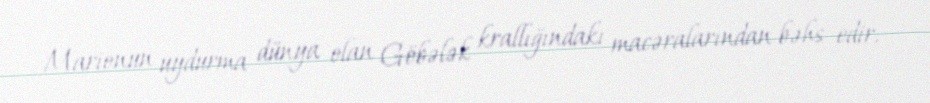
Marionun uydurma dünya olan Göbələk krallığındakı macəralarından bəhs edir.